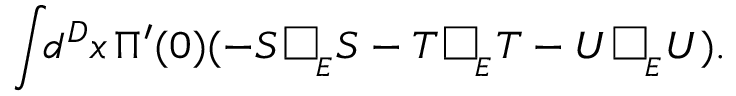
\int \! \! d ^ { D } x \, \Pi ^ { \prime } ( 0 ) ( - S \, \framebox ( 7 , 7 ) { } _ { _ { E } } S - T \, \framebox ( 7 , 7 ) { } _ { _ { E } } T - U \, \framebox ( 7 , 7 ) { } _ { _ { E } } U ) .